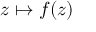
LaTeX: z \mapsto f ( z )